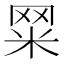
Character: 𦊮